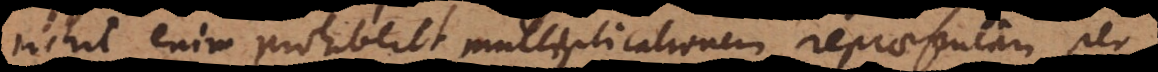
nihil enim prohiberet multiplicationem repraesentari per